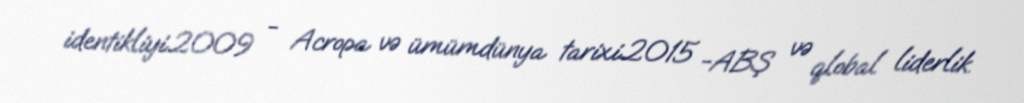
identikliyi.2009 - Acropa və ümümdünya tarixi.2015 -ABŞ və qlobal liderlik.